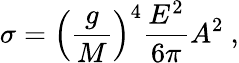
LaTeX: \sigma=\left({\frac{g}{M}}\right)^{4}{\frac{E^{2}}{6\pi}}A^{2}~,